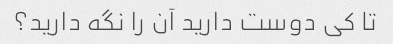
تا کی دوست دارید آن را نگه دارید؟